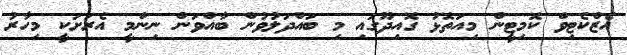
އެޒްކެޓިވް ކޮމިޓީން މިއަތޮޅު ގޮއިދޫގައި މި ބައްދަލުވުން ބާއްވަން ނިންމީ އެރަށަކީ މިހާރު